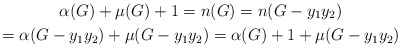
\begin{gather*}\alpha(G)+\mu(G)+1=n(G)=n(G-y_{1}y_{2})\\=\alpha(G-y_{1}y_{2})+\mu(G-y_{1}y_{2})=\alpha(G)+1+\mu(G-y_{1}y_{2})\end{gather*}